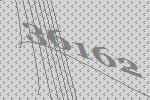
36162